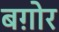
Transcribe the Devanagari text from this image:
बग़ोर